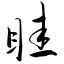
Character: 眭